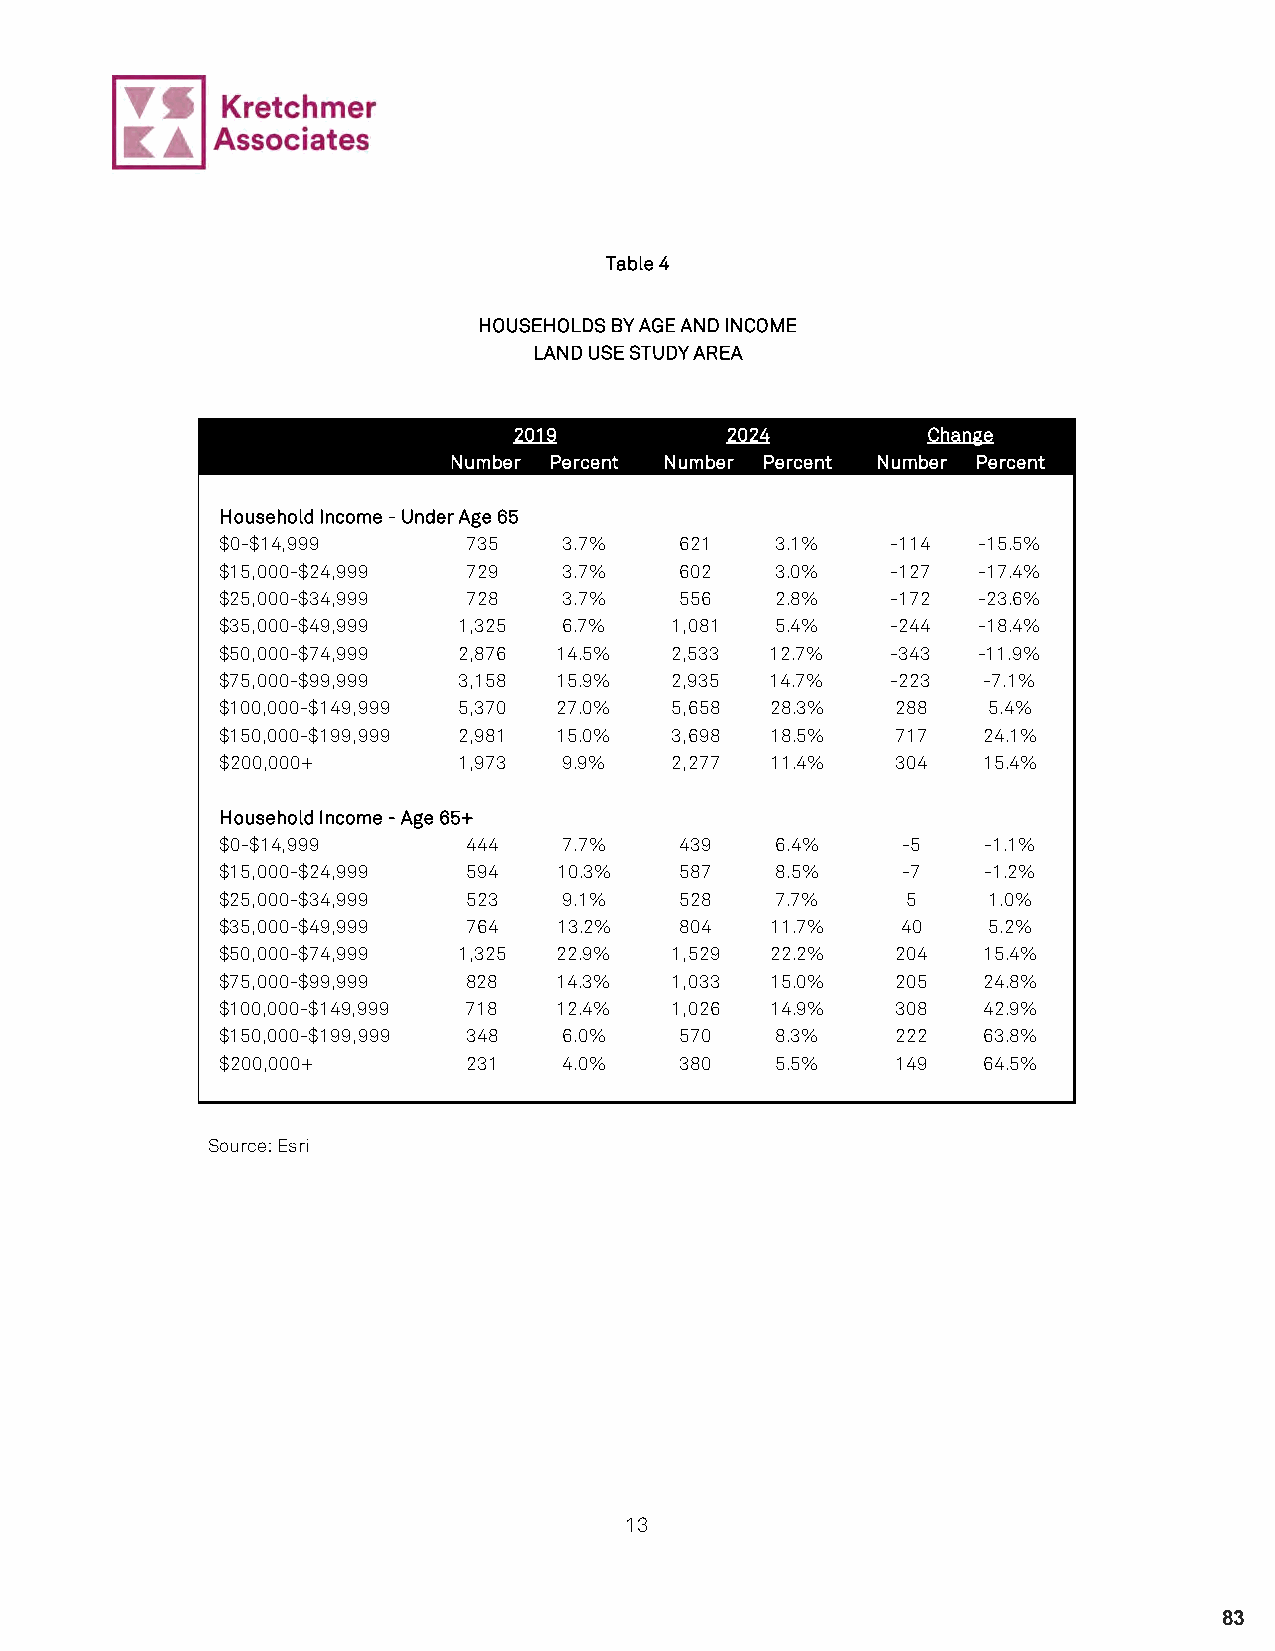
Table 4
 HOUSEHOLDS BY AGE AND INCOME
 LAND USE STUDY AREA
 2019          2024         Change
 Number Percent Number Percent Number Percent
 Household Income - Under Age 65
 $0-$14,999      735   3.7%    621   3.1%    -114  -15.5%
 $15,000-$24,999 729   3.7%    602   3.0%    -127  -17.4%
 $25,000-$34,999 728   3.7%    556   2.8%    -172  -23.6%
 $35,000-$49,999 1,325 6.7%   1,081  5.4%    -244  -18.4%
 $50,000-$74,999 2,876 14.5%  2,533  12.7%   -343  -11.9%
 $75,000-$99,999 3,158 15.9%  2,935  14.7%   -223  -7.1%
 $100,000-$149,999 5,370 27.0% 5,658 28.3%   288   5.4%
 $150,000-$199,999 2,981 15.0% 3,698 18.5%   717   24.1%
 $200,000+      1,973  9.9%   2,277  11.4%   304   15.4%
 Household Income - Age 65+
 $0-$14,999      444   7.7%    439   6.4%     -5   -1.1%
 $15,000-$24,999 594   10.3%   587   8.5%     -7   -1.2%
 $25,000-$34,999 523   9.1%    528   7.7%     5    1.0%
 $35,000-$49,999 764   13.2%   804   11.7%    40   5.2%
 $50,000-$74,999 1,325 22.9%  1,529  22.2%   204   15.4%
 $75,000-$99,999 828   14.3%  1,033  15.0%   205   24.8%
 $100,000-$149,999 718 12.4%  1,026  14.9%   308   42.9%
 $150,000-$199,999 348 6.0%    570   8.3%    222   63.8%
 $200,000+       231   4.0%    380   5.5%    149   64.5%
 Source: Esri
 13
 83